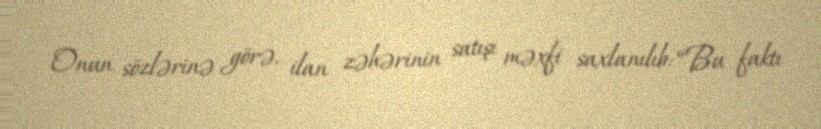
Onun sözlərinə görə, ilan zəhərinin satışı məxfi saxlanılıb: “Bu faktı